Indian journal of veterinary science and animal husbandry - Volume 12,
Year: 1942
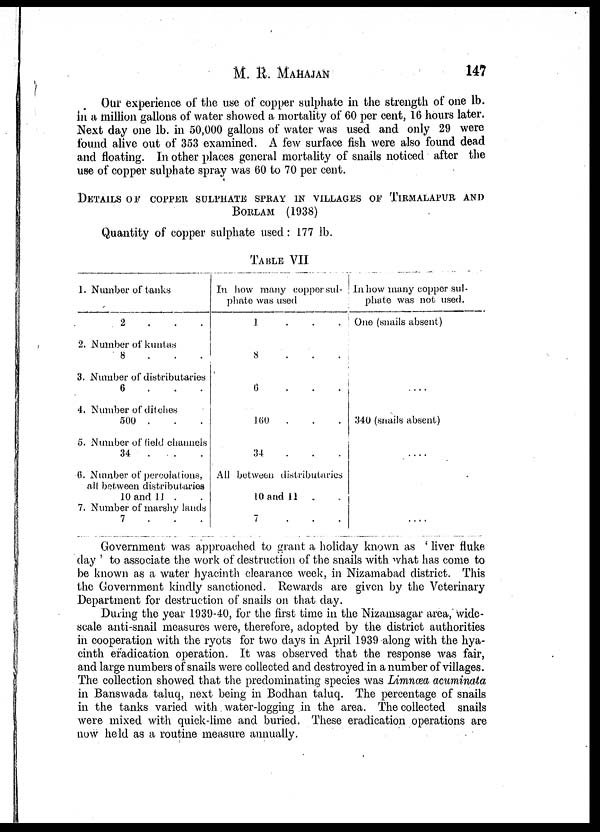
M. R. MAHAJAN 147
Our experience of the use of copper sulphate in the strength of one lb.
in a million gallons of water showed a mortality of 60 per cent, 16 hours later.
Next day one lb. in 50,000 gallons of water was used and only 29 were
found alive out of 353 examined. A few surface fish were also found dead
and floating. In other places general mortality of snails noticed after the
use of copper sulphate spray was 60 to 70 per cent.
DETAILS OF COPPER SULPHATE SPRAY IN VILLAGES OF TIRMA
BORLAM (1938)
Quantity of copper sulphate used: 177 lb.
TABLE VII
1. Number of tanks
2 . . .
2. Number of kuntas
8 . . .
3. Number of distributaries
6 . . .
4. Number of ditches
500 . . .
5. Number of field channels
34
. . .
6. Number of percolations,
all between distributaries
10 and 11 . .
7. Number of marshy lands
7 . . .
In how many coppersul¬
phate was used
1 . . .
8 . . .
6 . . .
160 . . .
34 . . .
All between distributaries
10 and 11 . .
7 . . .
In how many copper sul-
phate was not used.
One (snails absent)
....
340 (snails absent)
....
....
Government was approached to grant a holiday known as ' liver fluke
day ' to associate the work of destruction of the snails with what has come to
be known as a water hyacinth clearance week, in Nizamabad district. This
the Government kindly sanctioned. Rewards are given by the Veterinary
Department for destruction of snails on that day.
During the year 1939-40, for the first time in the Nizamsagar area, wide-
scale anti-snail measures were, therefore, adopted by the district authorities
in cooperation with the ryots for two days in April 1939 along with the hya-
cinth eradication operation. It was observed that the response was fair,
and large numbers of snails were collected and destroyed in a number of villages.
The collection showed that the predominating species was Limnæa acuminata
in Banswada taluq, next being in Bodhan taluq. The percentage of snails
in the tanks varied with water-logging in the area. The collected snails
were mixed with quick-lime and buried. These eradication operations are
now held as a routine measure annually.